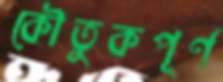
কৌতুকপূর্ণ